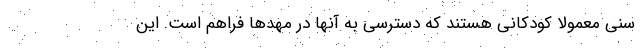
سنی معمولاً کودکانی هستند که دسترسی به آنها در مهدها فراهم است. این